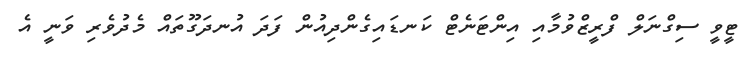
ޓީވީ ސިގްނަލް ފްރީޒްވުމާއި އިންޓަނެޓް ކަނޑައިގެންދިއުން ފަދަ އުނދަގޫތައް މެދުވެރި ވަނީ އެ